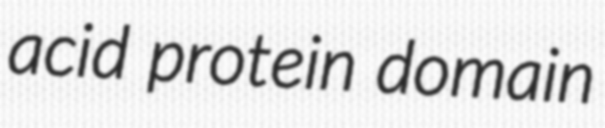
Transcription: acid protein domain